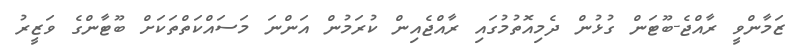
ޒަމާންވީ ރާއްޖެ-ބޫޓަން ގުޅުން ދެމިއޮތުމުގައި ރާއްޖެއިން ކުރަމުން އަންނަ މަސައްކަތްތަކަށް ބޫޓާންގެ ވަޒީރު